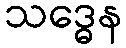
သဒ္ဓေန